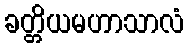
ခတ္တိယမဟာသာလံ